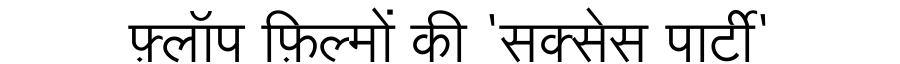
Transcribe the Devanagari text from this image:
फ़्लॉप फ़िल्मों की 'सक्सेस पार्टी'